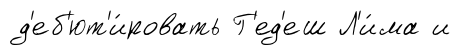
д'еб'ют'и́ровать Г'ед'еш Л'и́ма и